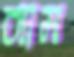
ব্যাম